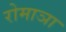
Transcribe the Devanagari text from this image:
रोमाञा